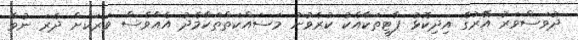
ދުވަސްވަރު އޭރުގެ އިދިކޮޅު ޕާޓީތަކާއެކު ކުރެވުނު މަސައްކަތްތަކާމެދު އެއްވެސް ވަރަކަށް ދެރަ ނުވާ